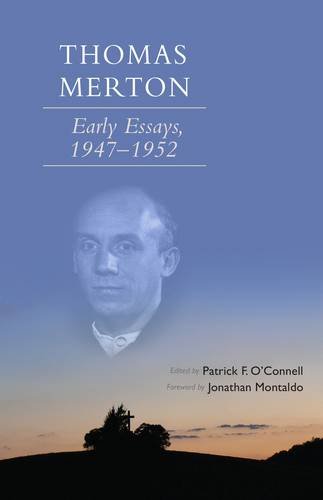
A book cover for Thomas Merton: Early Essays, 1947-1952 (Cistercian Studies); Law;